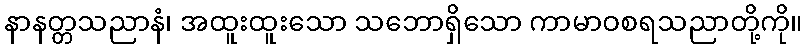
နာနတ္တသညာနံ၊ အထူးထူးသော သဘောရှိသော ကာမာဝစရသညာတို့ကို။